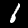
Digit: 1